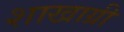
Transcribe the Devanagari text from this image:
शाखाग्री